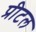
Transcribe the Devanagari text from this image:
प्रीटल